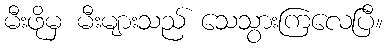
မီးဖိုမှ မီးများသည် သေသွားကြလေပြီ။